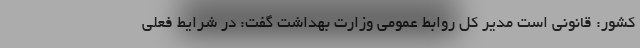
کشور: قانونی است مدیر کل روابط عمومی وزارت بهداشت گفت: در شرایط فعلی